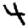
Digit: 4